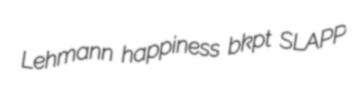
Lehmann happiness bkpt SLAPP